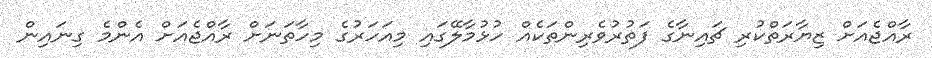
ރާއްޖެއަށް ޒިޔާރަތްކުރި ޗައިނާގެ ފަތުރުވެރިންތަކެއް ހުޅުމާލޭގައި މިއަހަރުގެ މިހާތަނަށް ރާއްޖެއަށް އެންމެ ގިނައިން